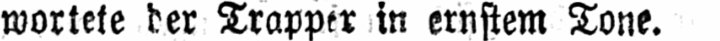
wortete der Trapper in ernstem Tone.